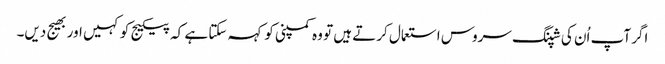
اگر آپ اُن کی شپنگ سروس استعمال کرتے ہیں تو وہ کمپنی کو کہہ سکتا ہے کہ پیکیج کو کہیں اور بھیج دیں۔